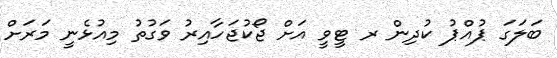
ބަލަގަ ޕުއްޕު ކުދިން ރ ޓީވީ އަށް ޖޯކުޖަހާއިރު ވަގުތު މިއުޅެނީ މަރަށް